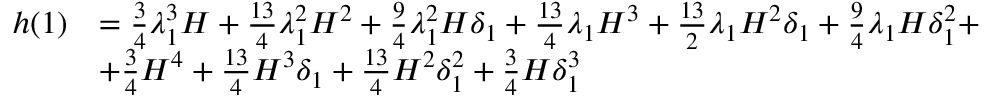
\begin{array} { r l } { h ( 1 ) } & { = \frac { 3 } { 4 } \lambda _ { 1 } ^ { 3 } H + \frac { 1 3 } { 4 } \lambda _ { 1 } ^ { 2 } H ^ { 2 } + \frac { 9 } { 4 } \lambda _ { 1 } ^ { 2 } H \delta _ { 1 } + \frac { 1 3 } { 4 } \lambda _ { 1 } H ^ { 3 } + \frac { 1 3 } { 2 } \lambda _ { 1 } H ^ { 2 } \delta _ { 1 } + \frac { 9 } { 4 } \lambda _ { 1 } H \delta _ { 1 } ^ { 2 } + } \\ & { + \frac { 3 } { 4 } H ^ { 4 } + \frac { 1 3 } { 4 } H ^ { 3 } \delta _ { 1 } + \frac { 1 3 } { 4 } H ^ { 2 } \delta _ { 1 } ^ { 2 } + \frac { 3 } { 4 } H \delta _ { 1 } ^ { 3 } } \end{array}